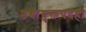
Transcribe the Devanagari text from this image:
उच्चायुक्तपदही